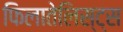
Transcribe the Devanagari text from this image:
फिलातेलिस्ट्स